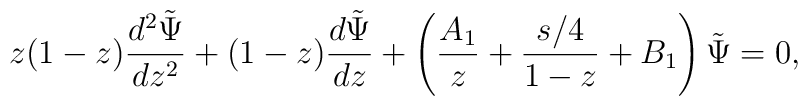
z(1-z) {{d^2 \tilde \Psi} \over dz^2}+(1-z) {{d \tilde \Psi} \over d z}+\left ( {A_1 \over z} +{{s/4} \over 1-z} +B_1 \right ) \tilde \Psi=0,